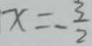
x = - \frac { 3 } { 2 }